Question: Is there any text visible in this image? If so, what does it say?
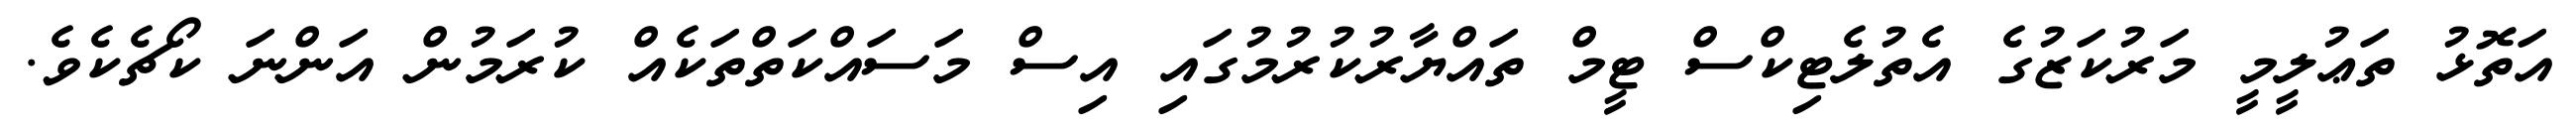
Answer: އަތޮޅު ތަޢުލީމީ މަރުކަޒުގެ އެތުލެޓިކްސް ޓީމް ތައްޔާރުކުރުމުގައި އިސް މަސައްކަތްތަކެއް ކުރަމުން އަންނަ ކޯޗެކެވެ.